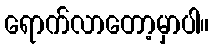
ရောက်လာတော့မှာပါ။